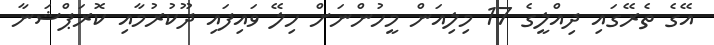
އޭގެ ތެރޭގައި ދިއްލީގެ 17 މިލިއަން މީހުންނަށް ހިލޭ ވައިފައި ދޫކުރުމާއި ކޮރަޕްޝަނާ